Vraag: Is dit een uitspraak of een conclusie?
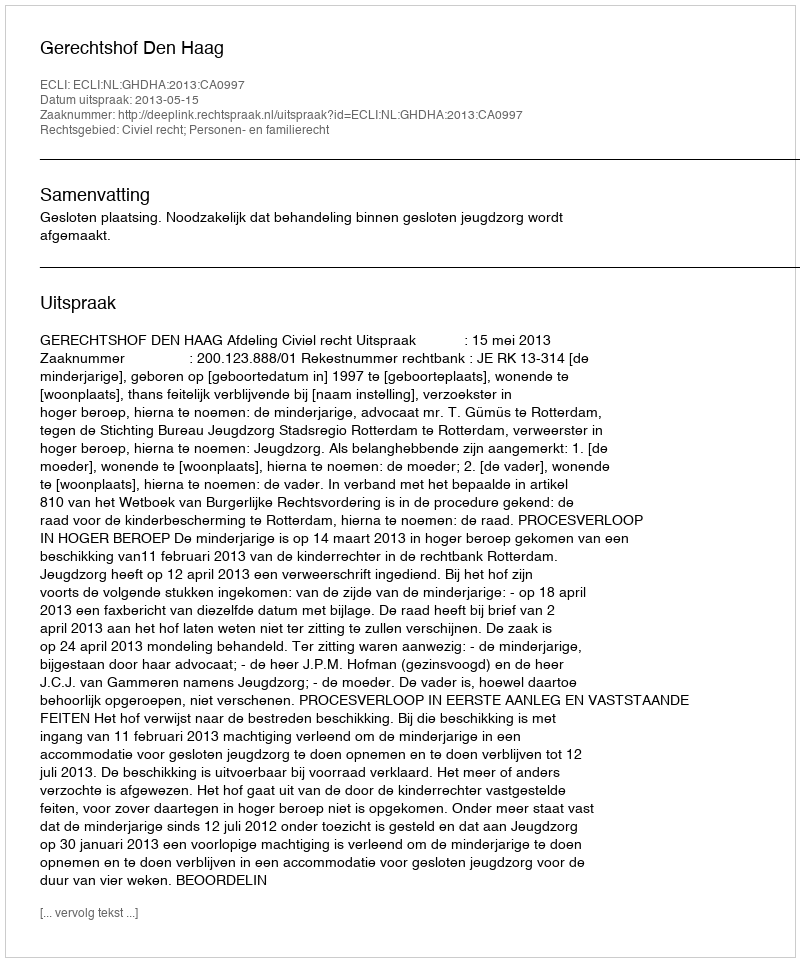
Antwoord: Uitspraak